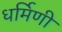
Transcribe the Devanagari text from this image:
धर्मिणी